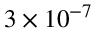
3 \times 1 0 ^ { - 7 }